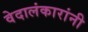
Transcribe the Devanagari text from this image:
वेदालंकारांनी